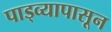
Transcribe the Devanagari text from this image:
पाड्व्यापासून